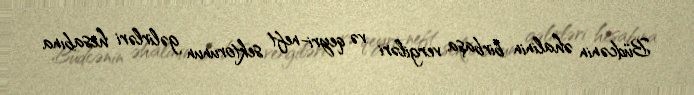
Büdcənin əhalinin birbaşa vergiləri və qeyri-neft sektorunun gəlirləri hesabına